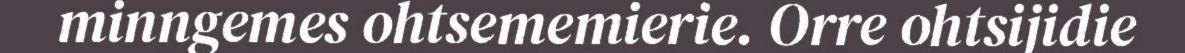
minngemes ohtsememierie. Orre ohtsijidie